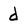
Character: d